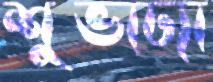
শুভাঢ্যা